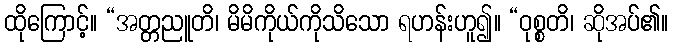
ထိုကြောင့်။ “အတ္တညူတိ၊ မိမိကိုယ်ကိုသိသော ရဟန်းဟူ၍။ “ဝုစ္စတိ၊ ဆိုအပ်၏။